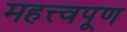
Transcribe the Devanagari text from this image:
महत्त्वपूण